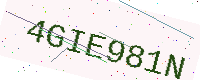
Text: 4GIE981N